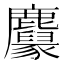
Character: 𪋱